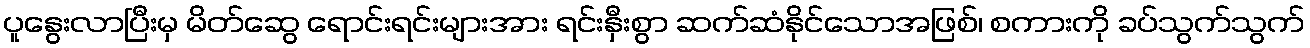
ပူနွေးလာပြီးမှ မိတ်ဆွေ ရောင်းရင်းများအား ရင်းနှီးစွာ ဆက်ဆံနိုင်သောအဖြစ်၊ စကားကို ခပ်သွက်သွက်